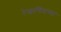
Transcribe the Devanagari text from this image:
रेखाचित्रांच्या